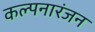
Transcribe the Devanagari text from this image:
कल्पनारंजन